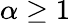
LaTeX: \alpha\ge 1